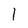
Character: 1